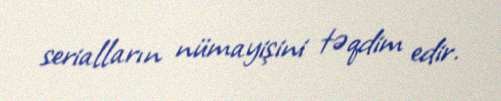
serialların nümayişini təqdim edir.